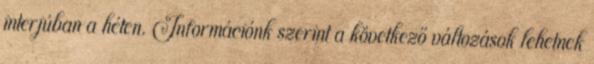
interjúban a héten. Információnk szerint a következő változások lehetnek